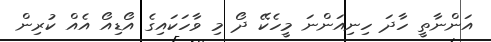
އަންނާތީ ހާދަ ހިނިއަންނަ މީހެކޭ ދޯ މި ވާހަކައިގެ އޯޑިއޯ އެއް ކުރިން